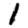
Digit: 1